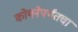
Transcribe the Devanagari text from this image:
कोयनेपर्यंतचा